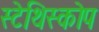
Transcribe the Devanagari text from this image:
स्टेथिस्कोप